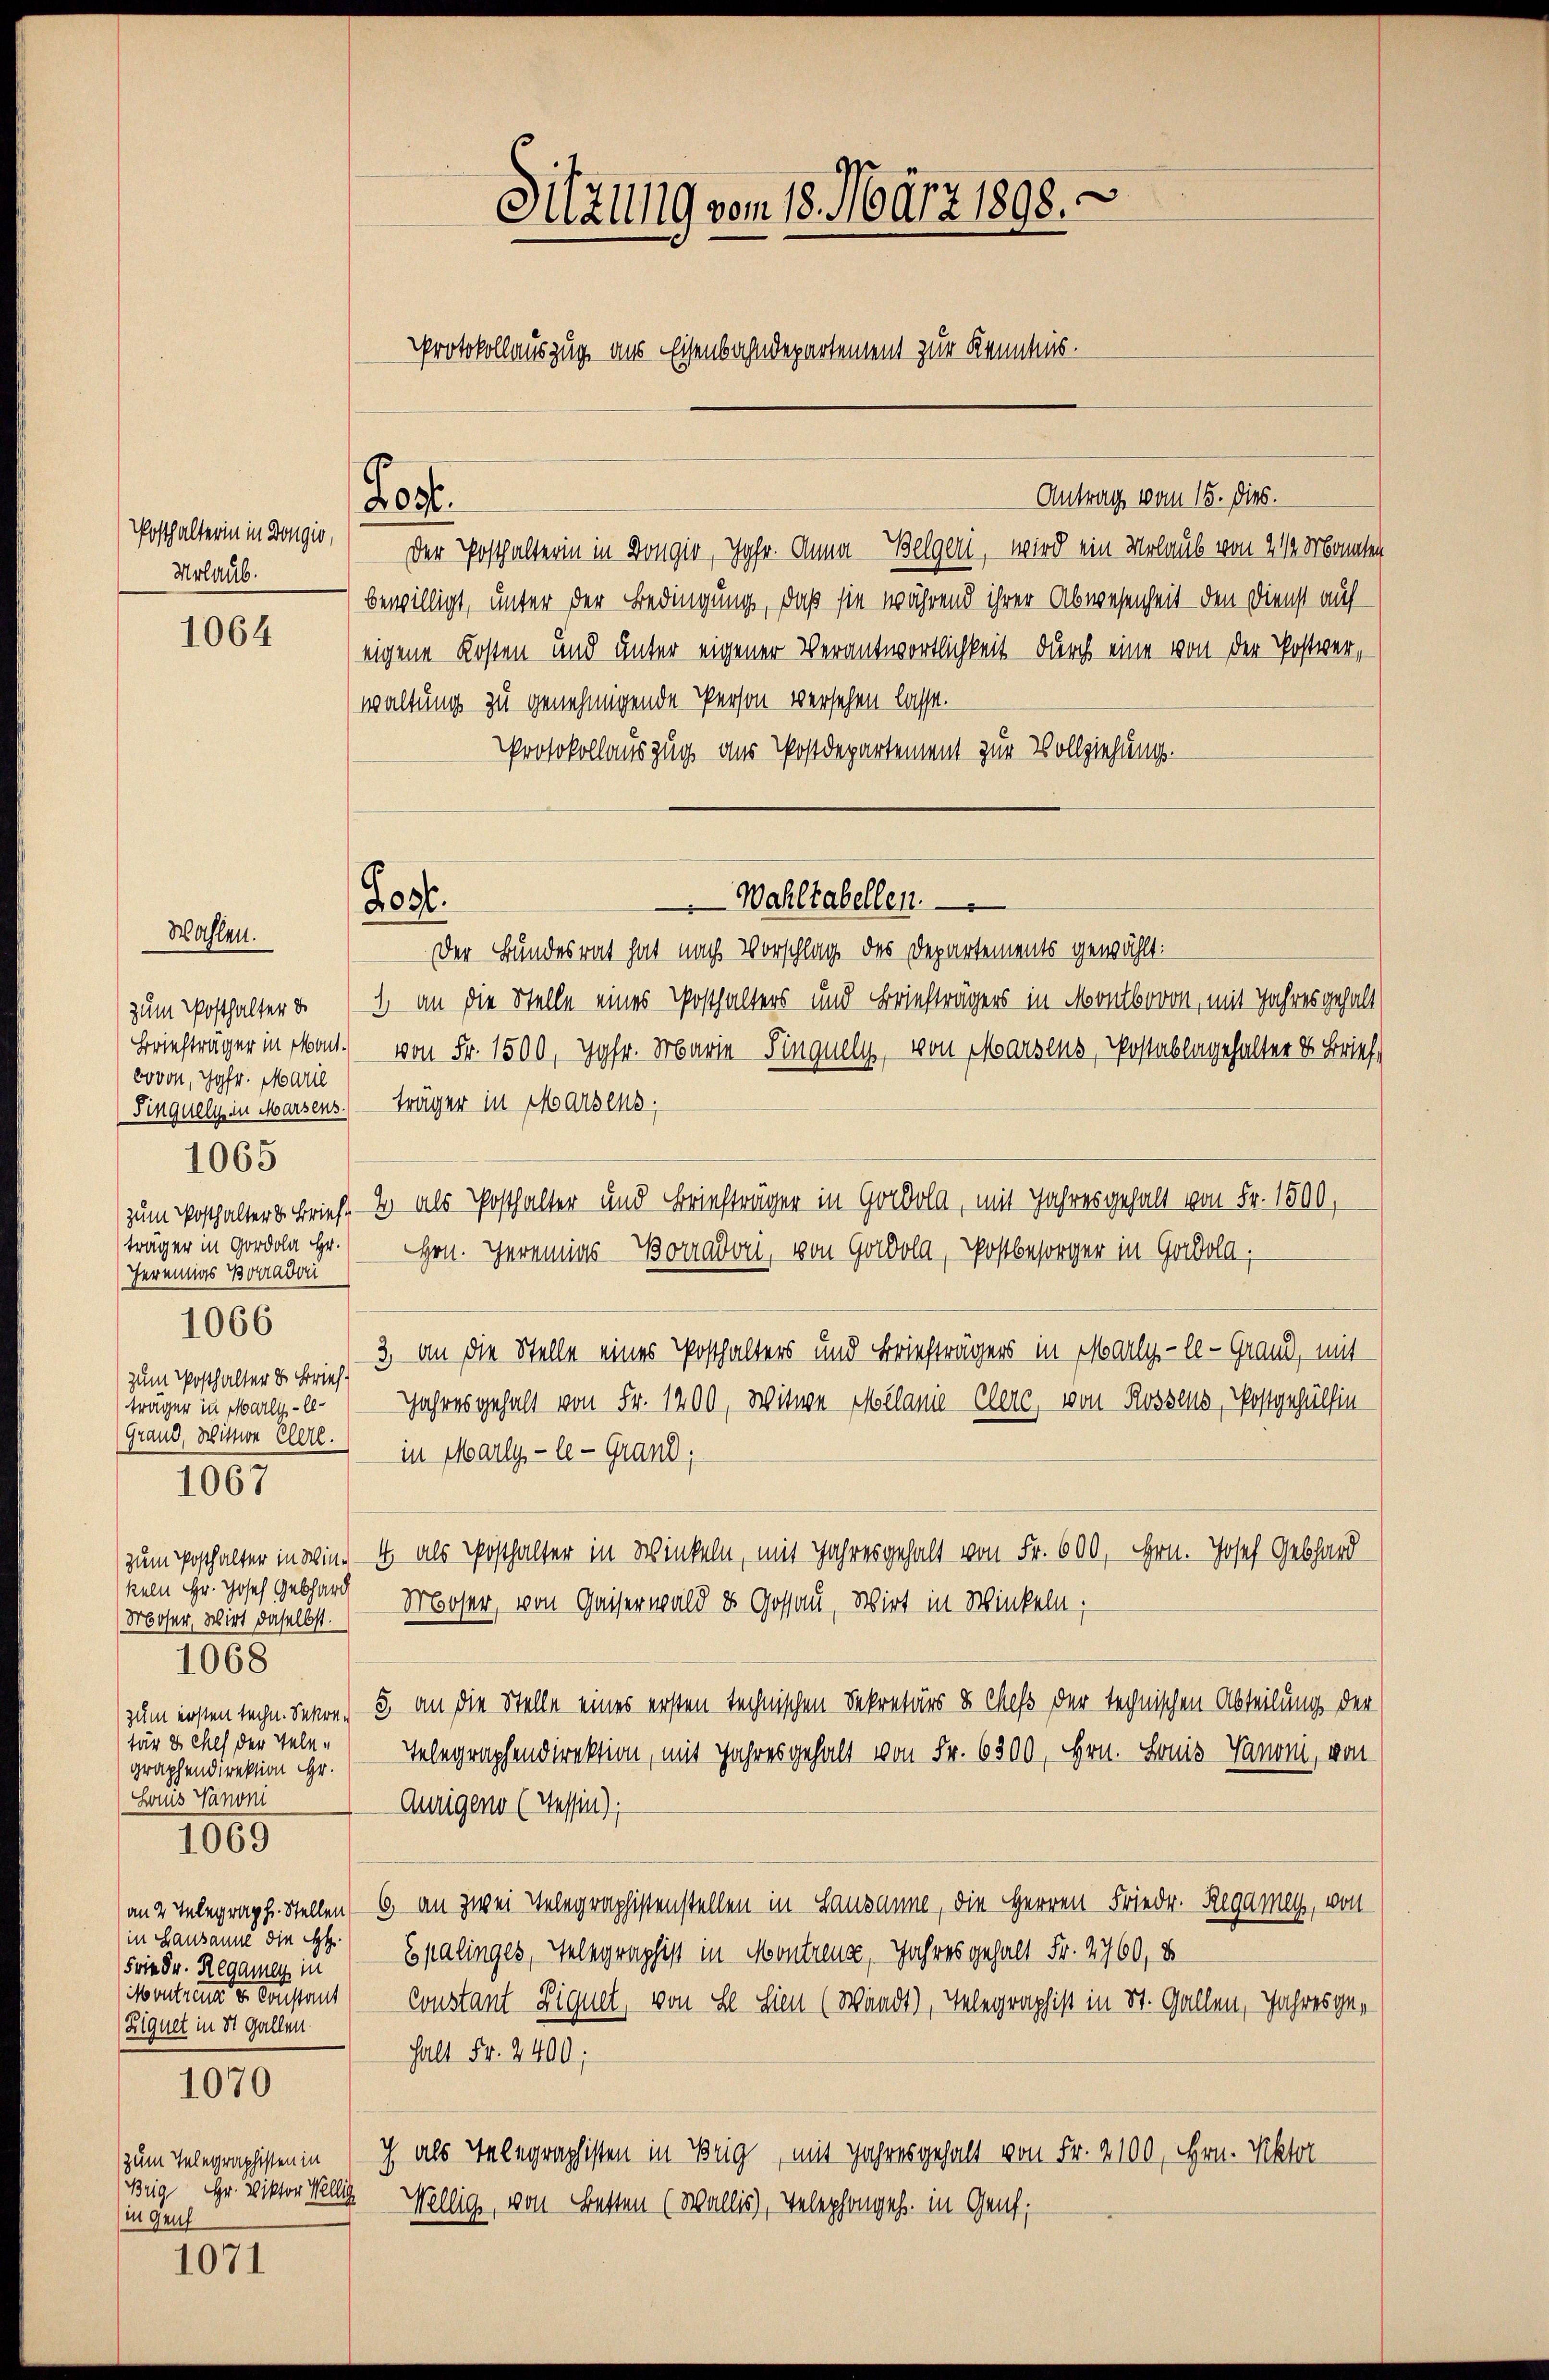
Posthalterin in Dongio,
Urlaub.

1064

Briefträger in Mont.
covon, Jgfr. Marie
träger in Gord Hr.
Hereinas Betradon
1066
zum Posthalter u. Brief!
träger in Marlylekeln Hr. Josef Gebhard
Moser, Wirt daselbst.
1068
tär ds Chef der Telegraphendirektion Hr.
Haus Nanoni
1069
in Lausanne die St.
Friedr. Regamen in
Montrenger Konstant
Eignet in St. Gallen.

Wahlen.

1065

1067

1070

zum Telegraphisten in
Brig, Hr. Viktor Wellig
in Genf

1071

Sitzung vom 18. März 1898.
Protokollauszug aus Eisenbahndepartement zur Kenntnis.

Lo

Lost.

Antrag vom 15. dies.
Der Posthalterin in Kongio, Jgfr. Anna Belgeri, wird ein Molaus von 2 1/2 Monaten
bewilligt, unter der Bedingung, daß sie während ihrer Abwesenheit den Dienst auf
eigene Kosten und unter eigener Verantwortlichkeit durch eine von der Postverwaltung zu genehmigende Person versehen lasse.
Protokollauszug aus Postdepartement zur Vollziehung.
zum Posthalter v. 1 an die Stelle eines Posthalters und Briefträgers in Montboron, mit Jahres gehalt
von Fr. 1500, Jgfr. Marie Singuely, von Marsens, Postablagehalter d. Brief
Sinquely in Marsens.) träger in Marsens
zum Posthalter Brief. 4 als Posthalter und Briefträger in Goll, mit Jahresgehalt von Fr. 1590,
Hrn. Hereinias-Borradon, von Gorbola, Postbesorger in Gomola,
3, an die Stelle eines Posthalters und Briefträgers in Marly-le-Grand, mit
Jahres gehalt von Fr. 1200, Witwe Melanie Clere, von Rossens, Postgehülfin¬
(Grand, wissere Ellte. in Marly-le-Grand,
zum Posthalter in Wien. 4 als Posthalter in Winkeln, mit Jahresgehalt von Fr. 600, Hrn. Josef Gebhard
Moser, von Gaiserwald & Gossau, Wirt in Winkeln;
zum ersten techn. Jahre 3 an die Stelle eines ersten technischen Sekretärs & Chef der technischen Abteilung der
Telegraphendirektion, mit Jahres gehalt von Fr. 6300, Hrn. Honis Vanoni, von
Aurigend (Tessin),
an 2 Telegraph. Stellen 6 an zwei Telegraphistenstellen in Lausanne, die Herren Friedr. Regamey, von
Epalinges, Telegraphist in Montreuse, Jahres gehalt Fr. 2760, 8
Constant Ziquet, von Se. Sien (Waadt), Telegraphist in St. Gallen, Jahres ge¬
Halt Fr. 2400;
ch als Telegraphisten in Beig, mit Jahresgehalt von Fr. 2100, Hrn. Viktor
Mellig, von Betten (Wallis), Velephongeh. in Genf,

Wahltabellen.
Der Bundesrat hat nach Vorschlag des Departements gewählt: